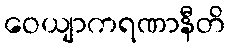
ဝေယျာကရဏာနီတိ